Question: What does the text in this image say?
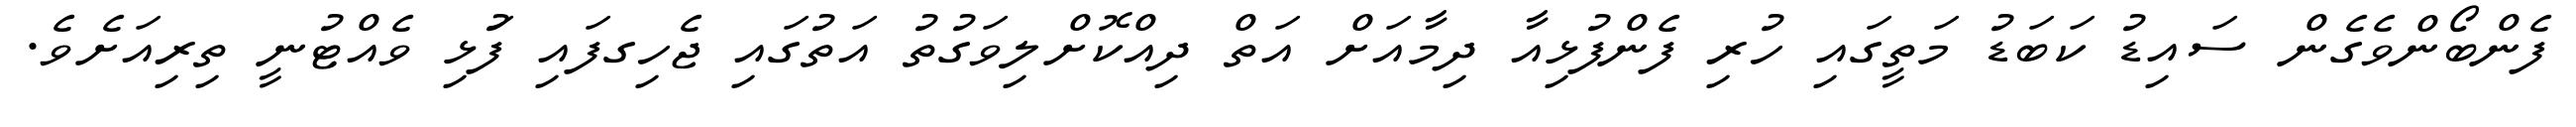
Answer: ފެންބޯންވެގެން ސައިޑު ކަބަޑު މަތީގައި ހުރި ފެންފުޅިއާ ދިމާއަށް އަތް ދިއްކޮށްލިވަގުތު އަތުގައި ޖެހިގފައި ފުަޅި ވެއްޓުނީ ތިރިއަށެވެ.